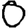
Digit: 0